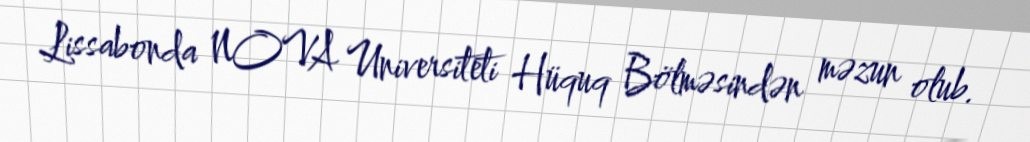
Lissabonda NOVA Universiteti Hüquq Bölməsindən məzun olub.